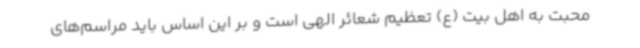
محبت به اهل بیت (ع) تعظیم شعائر الهی است و بر این اساس باید مراسم‌های